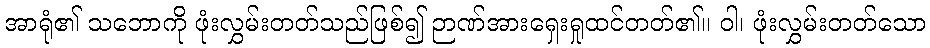
အာရုံ၏ သဘောကို ဖုံးလွှမ်းတတ်သည်ဖြစ်၍ ဉာဏ်အားရှေးရှုထင်တတ်၏။ ဝါ၊ ဖုံးလွှမ်းတတ်သော